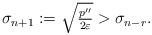
LaTeX: \begin{align*} \sigma_{n+1} := \textstyle \sqrt{\frac{p''}{2\varepsilon}} > \sigma_{n-r} .\end{align*}